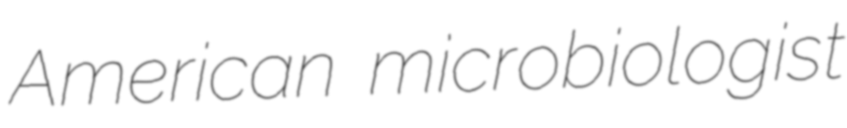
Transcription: American microbiologist